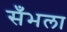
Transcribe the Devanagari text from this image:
सँभला